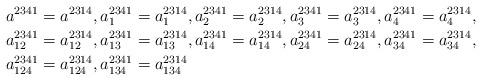
LaTeX: \begin{align*}a^{2341} & =a^{2314},a_{1}^{2341}=a_{1}^{2314},a_{2}^{2341}=a_{2}^{2314},a_{3}^{2341}=a_{3}^{2314},a_{4}^{2341}=a_{4}^{2314},\\a_{12}^{2341} & =a_{12}^{2314},a_{13}^{2341}=a_{13}^{2314},a_{14}^{2341}=a_{14}^{2314},a_{24}^{2341}=a_{24}^{2314},a_{34}^{2341}=a_{34}^{2314},\\a_{124}^{2341} & =a_{124}^{2314},a_{134}^{2341}=a_{134}^{2314}\end{align*}